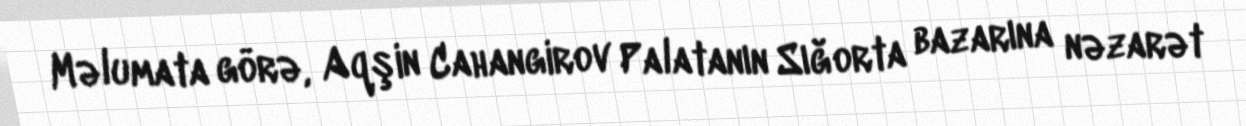
Məlumata görə, Aqşin Cahangirov Palatanın Sığorta bazarına nəzarət